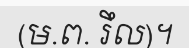
(ម.ព. រឹល)។